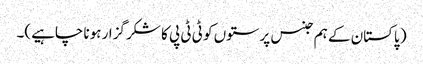
( پاکستان کے ہم جنس پرستوں کو ٹی ٹی پی کا شکر گزار ہونا چاہیے)۔